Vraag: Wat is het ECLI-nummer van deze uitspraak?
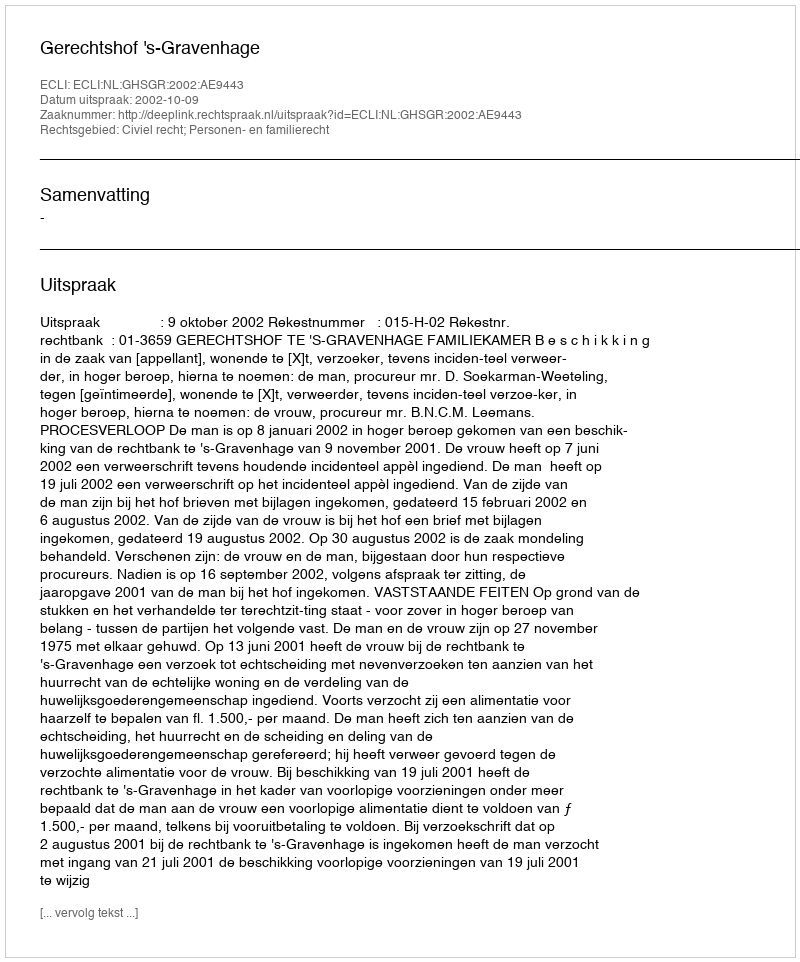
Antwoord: ECLI:NL:GHSGR:2002:AE9443